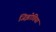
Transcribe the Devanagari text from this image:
जिझोतिया